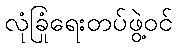
လုံခြုံရေးတပ်ဖွဲ့ဝင်